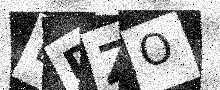
Text: LDZO